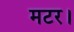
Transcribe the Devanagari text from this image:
मटर।